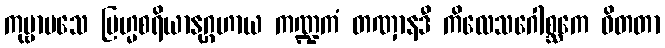
ကုဗ္ဗာမသေ ဗြဟ္မစရိယာနုဂ္ဂဟာယ ကဏ္ဍကံ တဏှာနဒီ ကိလေသဂေါစ္ဆကေ ဝိတတာ